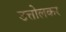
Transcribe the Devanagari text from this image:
उत्तोलकर